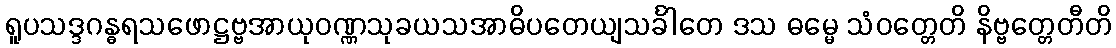
ရူပသဒ္ဒဂန္ဓရသဖောဋ္ဌဗ္ဗအာယုဝဏ္ဏသုခယသအာဓိပတေယျသင်္ခါတေ ဒသ ဓမ္မေ သံဝတ္တေတိ နိဗ္ဗတ္တေတီတိ